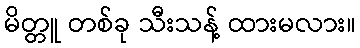
မိတ္တူ တစ်ခု သီးသန့် ထားမလား။